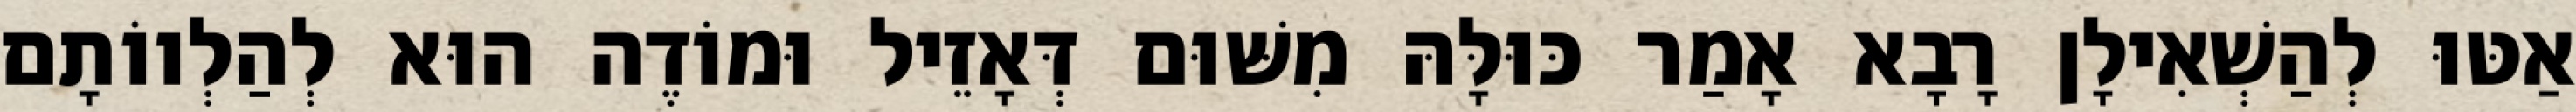
אַטּוּ לְהַשְׁאִילָן רָבָא אָמַר כּוּלָּהּ מִשּׁוּם דְּאָזֵיל וּמוֹדֶה הוּא לְהַלְווֹתָם